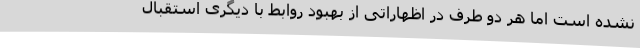
نشده است اما هر دو طرف در اظهاراتی از بهبود روابط با دیگری استقبال